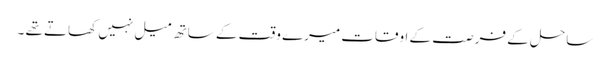
ساحل کے فرصت کے اوقات میرے وقت کے ساتھ میل نہیں کھاتے تھے ۔